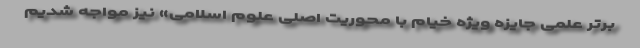
برتر علمی جایزه ویژه خیام با محوریت اصلی علوم اسلامی» نیز مواجه شدیم